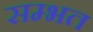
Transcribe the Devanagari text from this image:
सम्भत